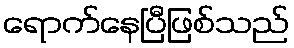
ရောက်နေပြီဖြစ်သည်